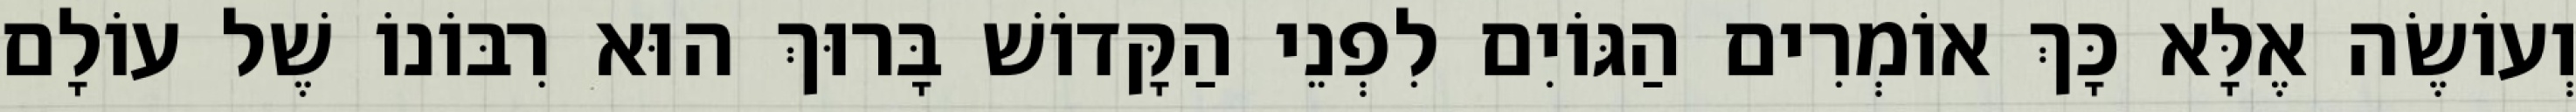
וְעוֹשֶׂה אֶלָּא כָּךְ אוֹמְרִים הַגּוֹיִם לִפְנֵי הַקָּדוֹשׁ בָּרוּךְ הוּא רִבּוֹנוֹ שֶׁל עוֹלָם